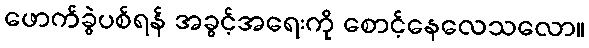
ဖောက်ခွဲပစ်ရန် အခွင့်အရေးကို စောင့်နေလေသလော။